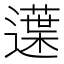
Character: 𨗸